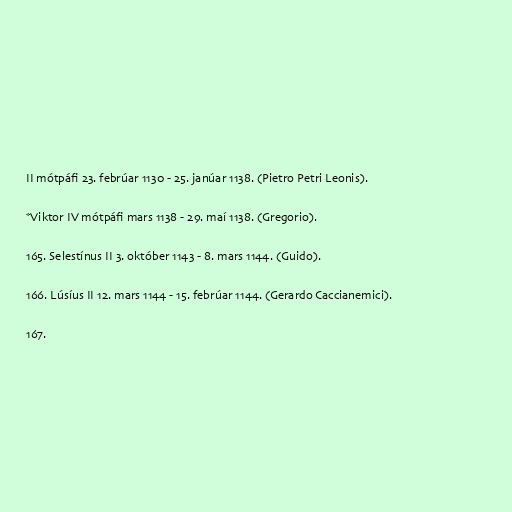
II mótpáfi 23. febrúar 1130 - 25. janúar 1138. (Pietro Petri Leonis).

*Viktor IV mótpáfi mars 1138 - 29. maí 1138. (Gregorio).

165. Selestínus II 3. október 1143 - 8. mars 1144. (Guido).

166. Lúsíus II 12. mars 1144 - 15. febrúar 1144. (Gerardo Caccianemici).

167.